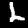
Digit: 2